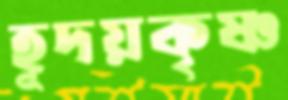
হূদয়কৃষ্ণ